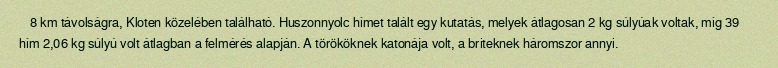
8 km távolságra, Kloten közelében található. Huszonnyolc hímet talált egy kutatás, melyek átlagosan 2 kg súlyúak voltak, míg 39 hím 2,06 kg súlyú volt átlagban a felmérés alapján. A törököknek katonája volt, a briteknek háromszor annyi.